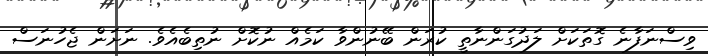
ވިސްނަފާނެ ގޮތަކަށް ލަދުގަންނާތީ ކުރަން ބޭނުންވާ ކަމެއް ނުކޮށް ނުތިބެއެވެ. ނަށަން ޖެހުނަސް